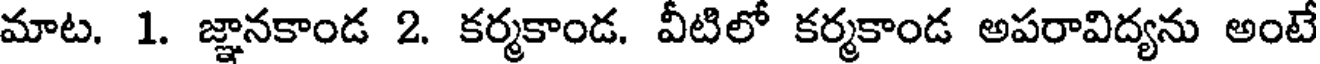
మాట. 1. జ్ఞానకాండ 2. కర్మకాండ. వీటిలో కర్మకాండ అపరావిద్యను అంటే